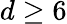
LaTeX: d\ge 6